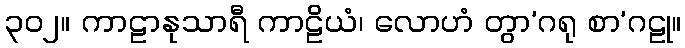
၃၀၂။ ကာဠာနုသာရီ ကာဠိယံ၊ လောဟံ တွာ’ဂရု စာ’ဂဠု။